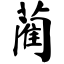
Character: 蔺